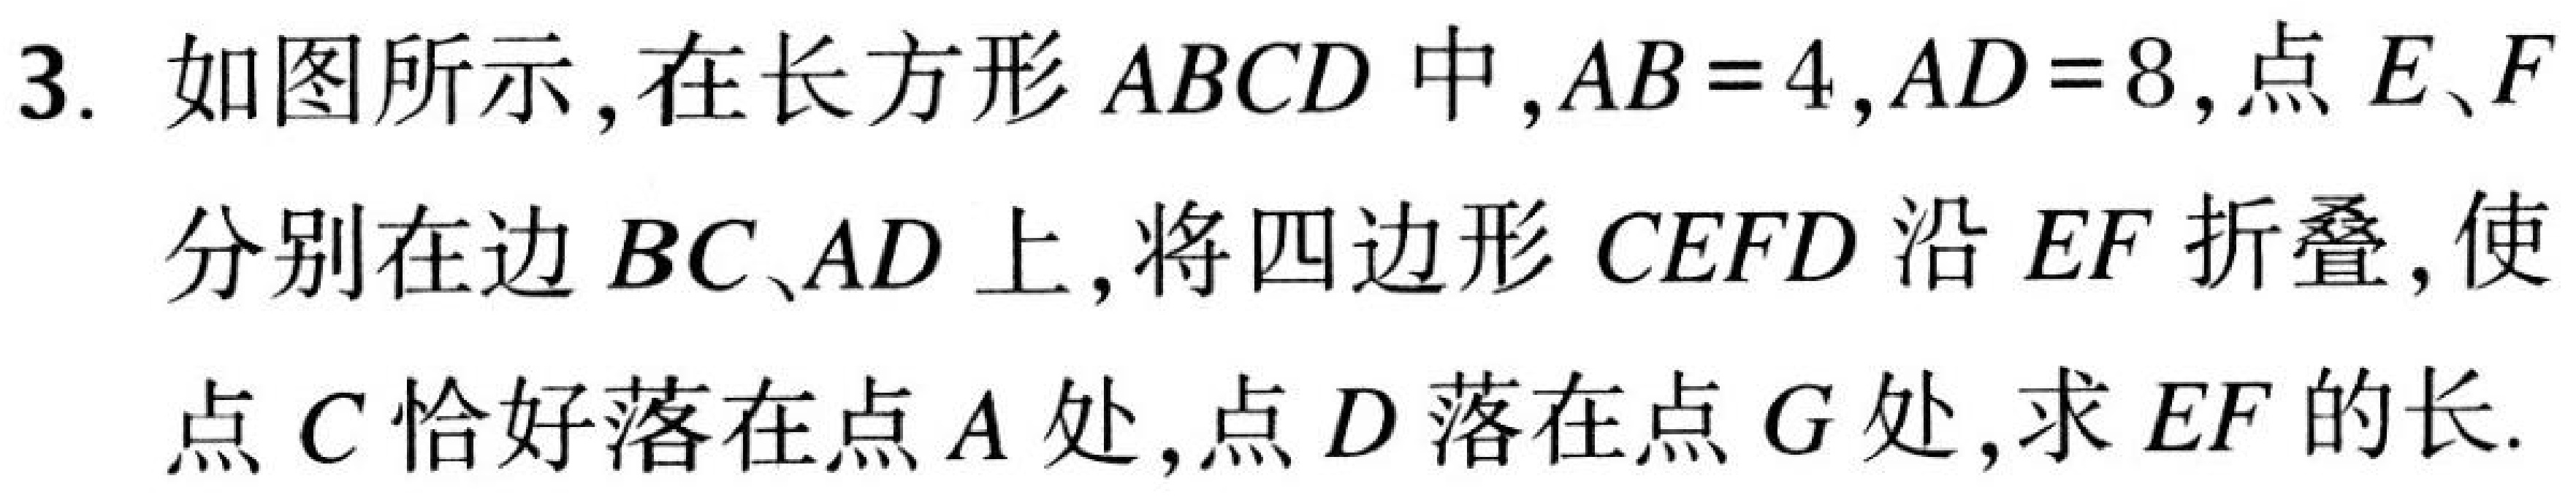
3. 如图所示，在长方形\(ABCD\)中，\(AB = 4\)，\(AD = 8\)，点\(E、F\)分别在边\(BC、AD\)上，将四边形\(CEFD\)沿\(EF\)折叠，使点\(C\)恰好落在点\(A\)处，点\(D\)落在点\(G\)处，求\(EF\)的长.